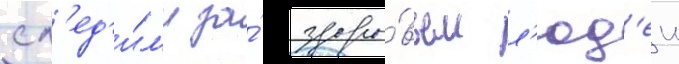
сл'ед'и́л'и за́ здоро́вьем л'юд'еи